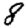
Digit: 8